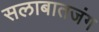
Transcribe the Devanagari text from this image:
सलाबातजंग